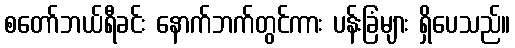
စတော်ဘယ်ရီခင်း နောက်ဘက်တွင်ကား ပန်းခြံများ ရှိပေသည်။